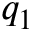
q _ { 1 }